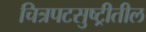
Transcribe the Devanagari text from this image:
चित्रपटसुष्ट्रीतील